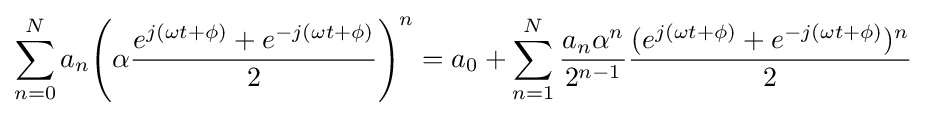
\sum _{n=0}^{N}a_{n}{\Bigg (}\alpha {\frac {e^{j(\omega t+\phi )}+e^{-j(\omega t+\phi )}}{2}}{\Bigg )}^{n}=a_{0}+\sum _{n=1}^{N}{\frac {a_{n}\alpha ^{n}}{2^{n-1}}}{\frac {(e^{j(\omega t+\phi )}+e^{-j(\omega t+\phi )})^{n}}{2}}